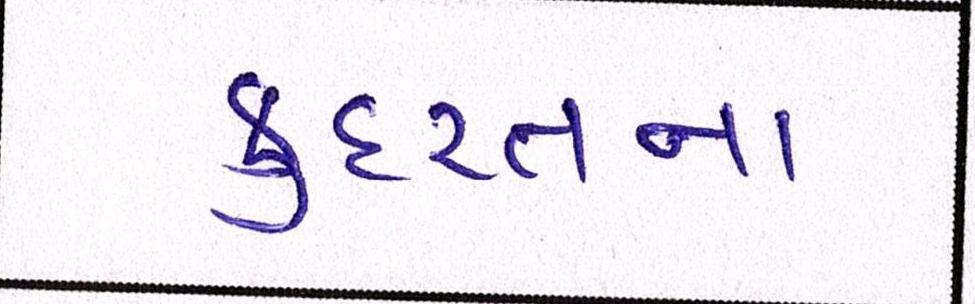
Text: કુદરતના